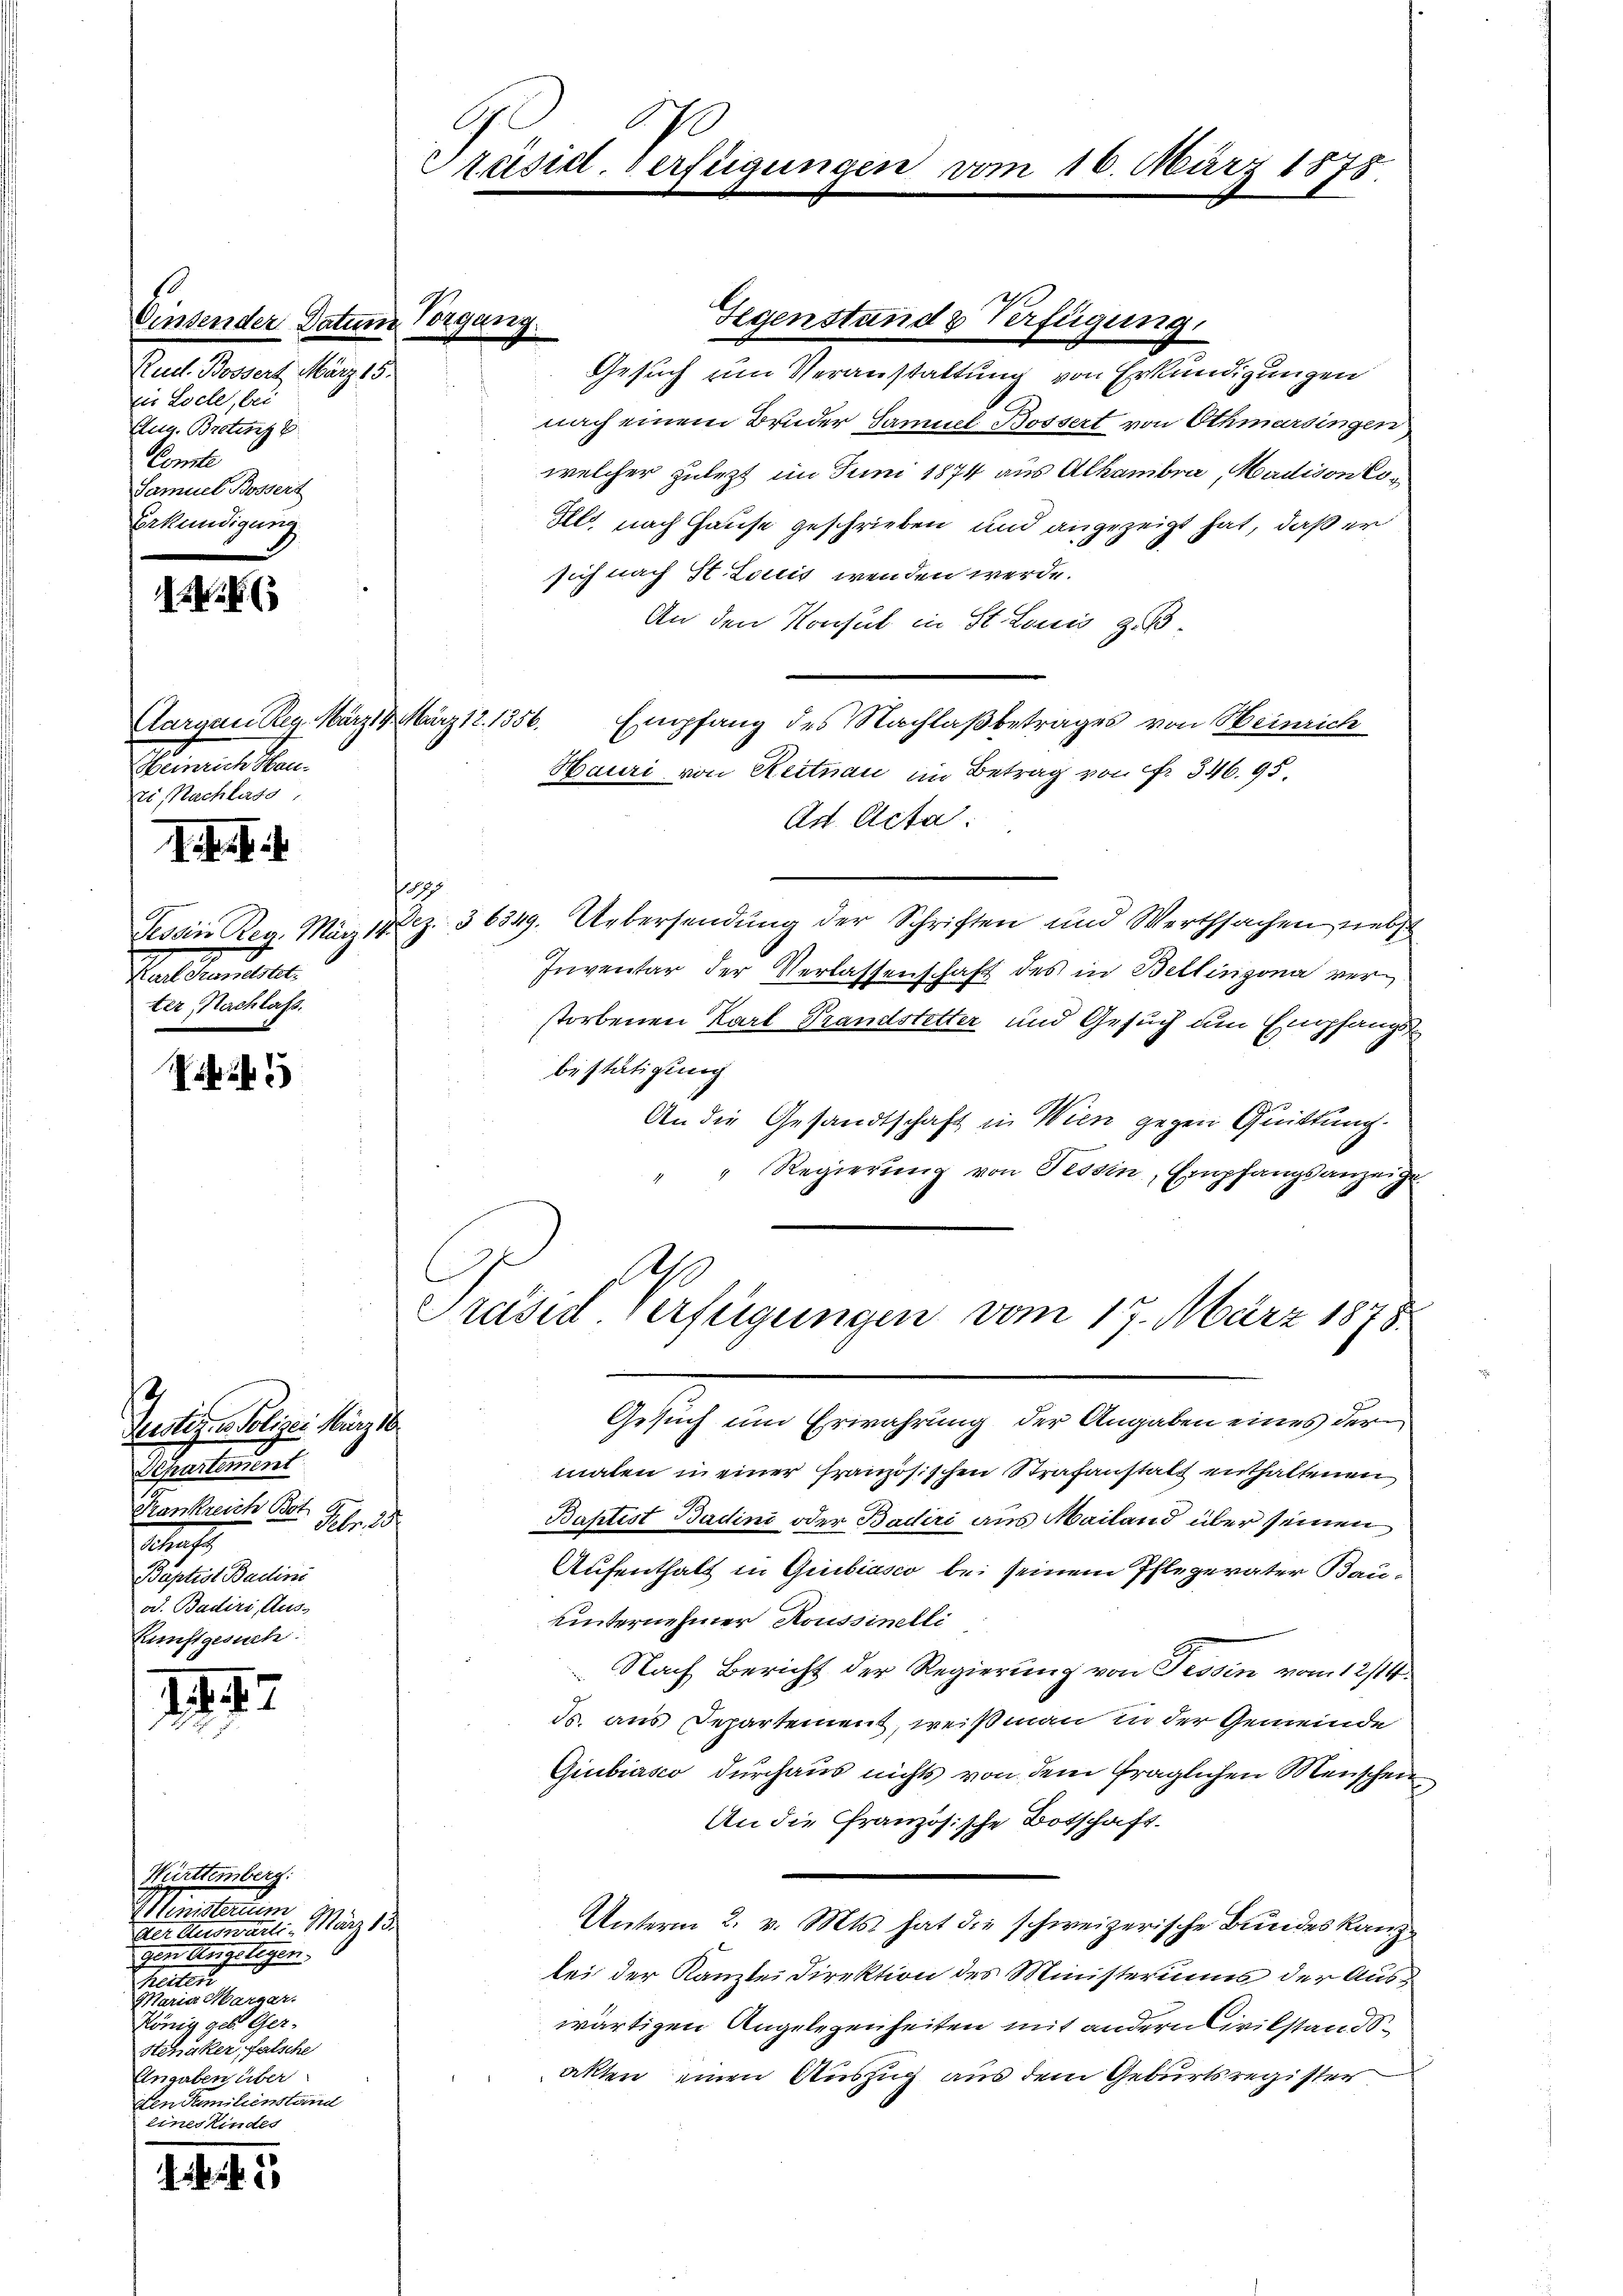
Vinsender Datum.
Rud. Bossert März 15.
der Locle, bei
Aug. Brotest
Comte
Samuel Bossert
Erkündigung

Aargau Reg. März 19. März 12. 1356.
Heinrich Hau
zi, Nachlass,

1. d. d.

Tessin Reg. März 18
Haldemsel
ter Nachlass.

P

Justiges Polizei März 1
Separtement
Krankreich Bo-
Kauf
2
Baptist Badini
od. Badirs, Aus-
Kunstgesuch

144.

Württemberg.
Ministerium
der Auswarti, März 18
gen Angelegen.
Prenten
Maria Harzer.
König geb. Ger¬
Hchaker, falsche
Angaben über
den Samilienstand
eines Kindes

k

.
Präsid. Verfügungen

Gesuch um Veranstattung von Erkundigungen
nach einem Bruder Samuel Bossert von Othmarsingen
welcher zulezt im Juni 1874 aus Alhambra, Madison ei¬
Ils nach Hause geschrieben und angezeigt hat, daß er
sich nach St. Louis wenden werde.
An den Konsul in St. Launis z. B.
Empfang des Nachlaßbetrages von Heinrich
Hauri von Reitnau im Betrag von Fr. 346. 95.
Ad Acta.
187.
Dez. 36349. Uebersendung der Schriften und Werthsachen nebst
Inventar der Verlassenschaft des in Bellinzona verstorbenen Karl Prandstetter und Gesuch um Empfangs
bestätigung
An die Gesandtschaft in Wien gegen Quittung.
" Regierung von Tessin, Empfangsanzeige
A
.
Präsid. Verfügungen vom 17. März 1878
Gesuch um Erwährung der Angaben eines der
malen in einer französischen Strafanstatt enthaltenen
Baptist Badini oder Badiri aus Mailand über seinen
Aufenthalt in Guibiasco bei seinem Pflegerater Bau-
uinternehmer Roussinelli
Nach Bericht der Regierung von Tessin vom 12/14.
Js. aus Departement, weiß man in der Gemeinde
Giubiasco durchaus nichts von dem fraglichen Menschen
An die Französische Botschaft.
Unterm 2. v. Mts. hat die schweizerische Bundeskanzbei der Kanzlei Direktion des Ministeriums der Auswärtigen Angelegenheiten mit andern Civilstandsakten einen Auszug aus dem Geburtsregister

Wegung

1798

Gegenstand & Verfügung.

16. März 1878.